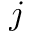
j